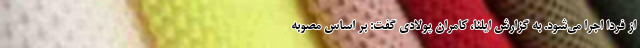
از فردا اجرا می‌شود. به گزارش ایلنا، کامران پولادی گفت: بر اساس مصوبه